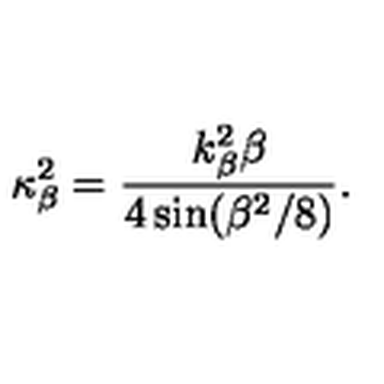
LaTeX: \kappa _ { \beta } ^ { 2 } = \frac { k _ { \beta } ^ { 2 } \beta } { 4 \sin ( \beta ^ { 2 } / 8 ) } .